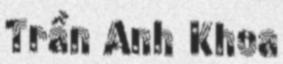
Trần Anh Khoa